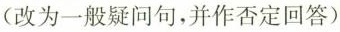
(改为一般疑问句，并作否定回答)